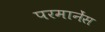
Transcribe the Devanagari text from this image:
परमानेंस